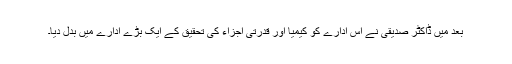
بعد میں ڈاکٹر صدیقی نے اس ادارے کو کیمیا اور قدرتی اجزاء کی تحقیق کے ایک بڑے ادارے میں بدل دیا۔